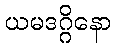
ယမဒဂ္ဂိနော